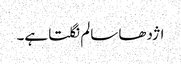
اژدھا سالم نگلتا ہے۔